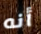
أنه